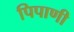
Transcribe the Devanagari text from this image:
पिपाणी